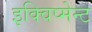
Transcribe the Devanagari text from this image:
इक्विप्मेन्ट